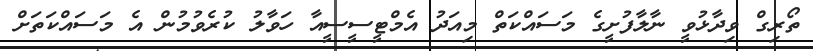
ތޯރިގް ވިދާޅުވީ ނާލާފުށީގެ މަސައްކަތް މިއަދު އެމްޓީސީސީއާ ހަވާލު ކުރެވުމުން އެ މަސައްކަތަށް